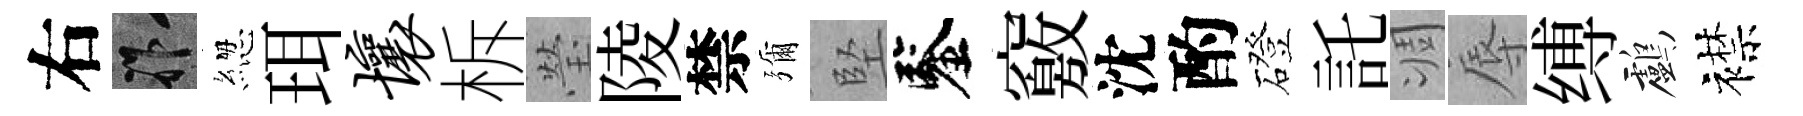
右祚緫珥壤柝瑩陵禁彌堅鑒竅沈酌磴託凋辱缚鸕襟